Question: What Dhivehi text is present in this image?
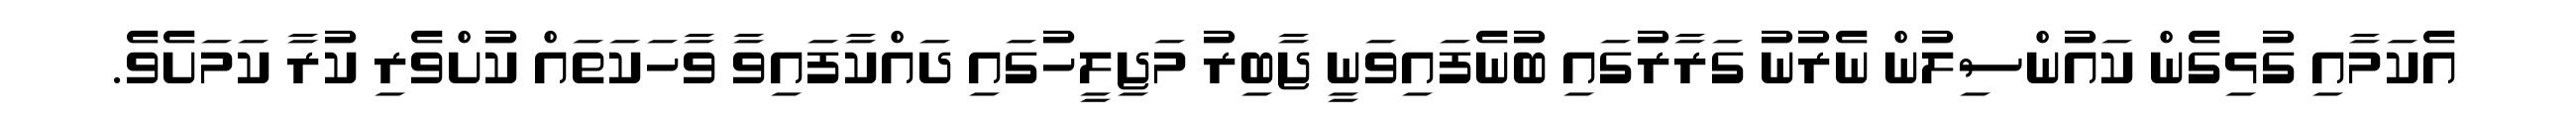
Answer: އެކަމާއި ގުޅިގެން ކައުންސިލުން ނެރުނު ގަރާރުގައި ބުނެފައިވަނީ ޖާބިރު މަޖިލީހުގައި ދައްކާފައިވާ ވާހަކަތައް ކުށްވެރި ކުރާ ކަމަށެވެ.